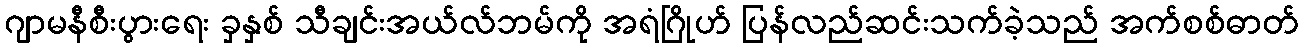
ဂျာမနီစီးပွားရေး ခှနှစ် သီချင်းအယ်လ်ဘမ်ကို အရံဂြိုဟ် ပြန်လည်ဆင်းသက်ခဲ့သည် အက်စစ်ဓာတ်